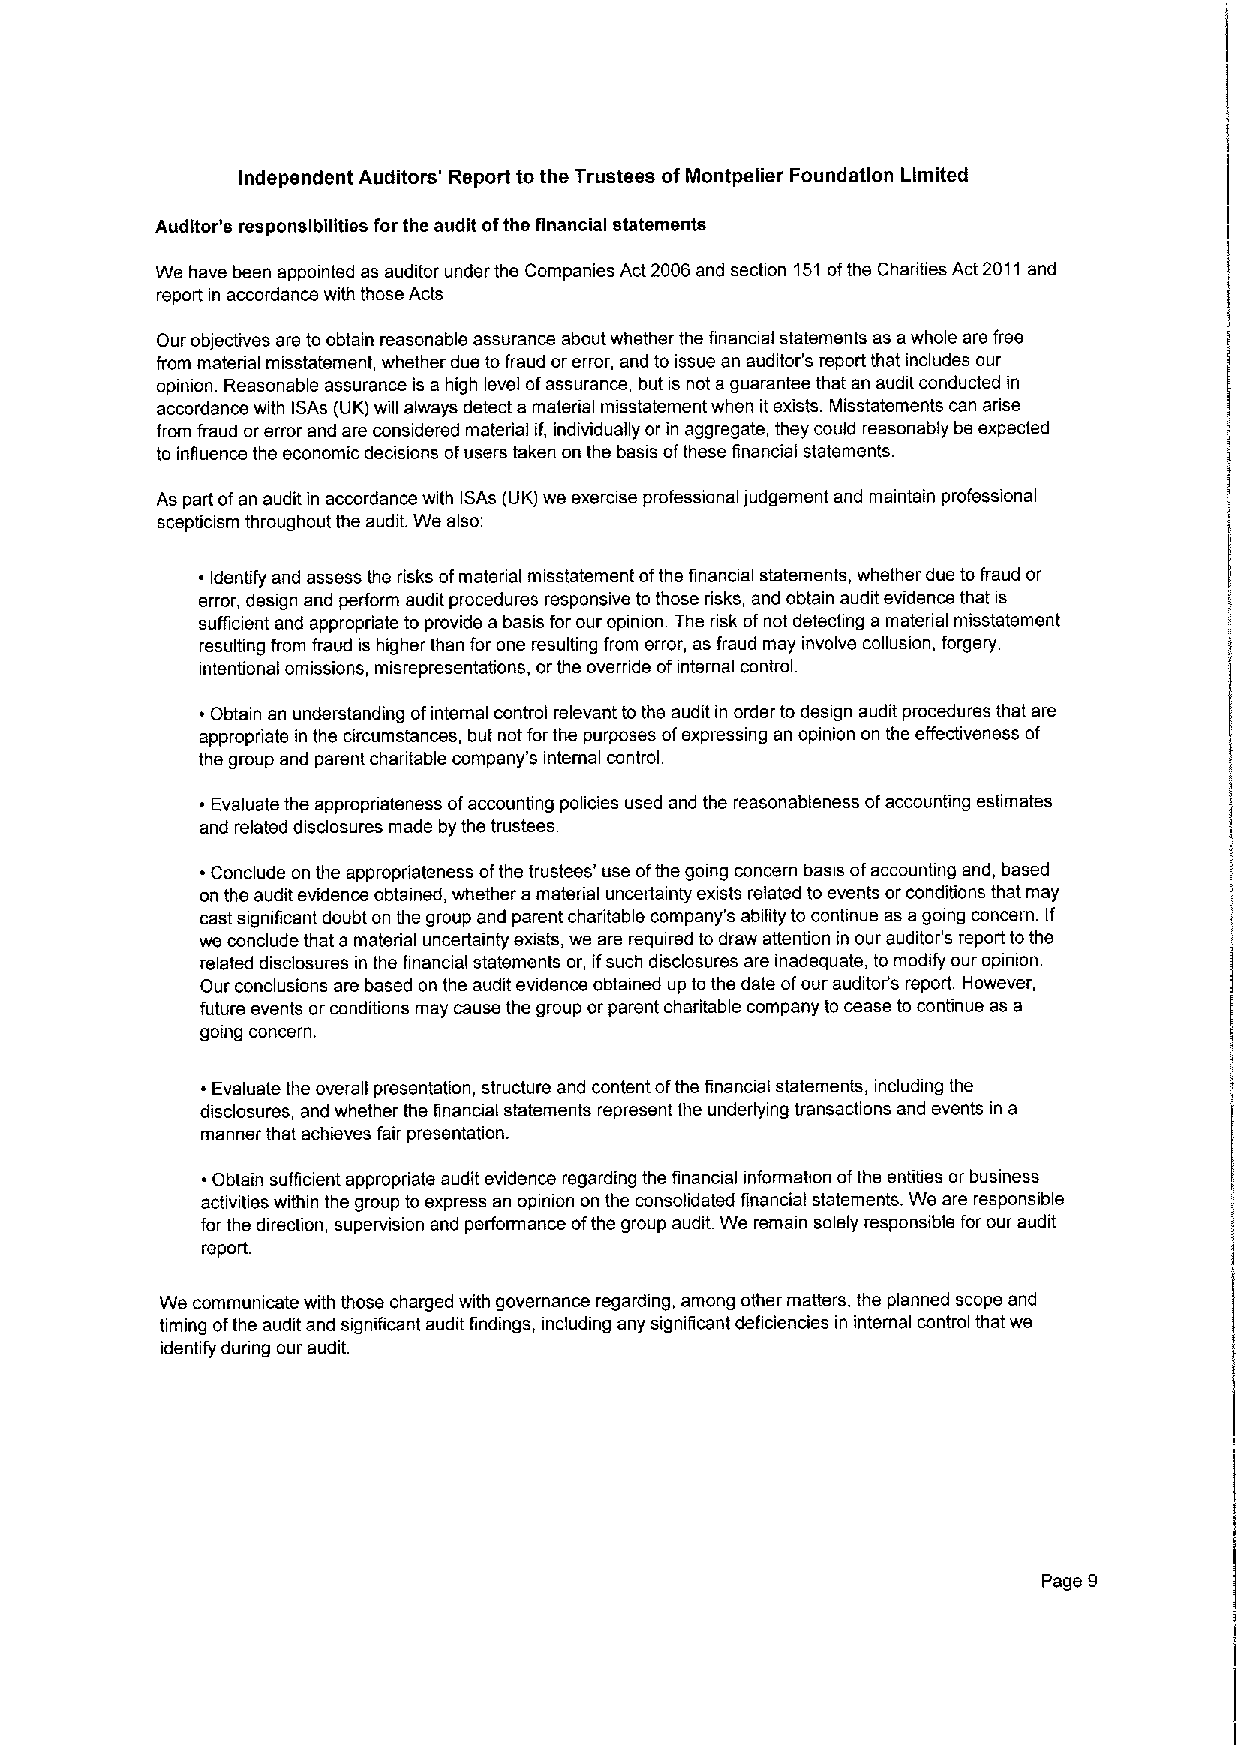
Independent Auditors' Report to the Trustees ofMontpelier Foundation Limited
 Auditor's responsibilities for the audit ofthe financial statements
 We have been appointed as auditor under the Companies Act 2006and section 151ofthe Charities Act 2011and
 report in accordance with those Acts.
 Our objectives are to obtain reasonable assurance about whether the financial statements as awhole are free
 from material misstatement, whether due tofraud orerror, and to issue an auditor's report that includes our
 opinion Reasonable assurance is a high level ofassurance, but is not aguarantee that an audit conducted in
 accordance with ISAs (UK) will always detect a material misstatement when itexists. Misstatements can arise
 from fraud orerror and are considered material if, individually or in aggregate, they could reasonably be expected
 to influence the economic decisions ofusers taken on the basis ofthese linancial statements
 As part ofan audit in accordance with ISAs (UK)we exercise professional judgement and maintain professional
 scepticism throughout the audit. We also
 ~ Identify and assess the risks ofmatenal misstatement ofthe finanoal statements, whether due to fraud or
 error, design and perform audit procedures responsive to those risks, and obtain audit evidence that is
 sufficient and appropriate to provide a basis for our opimon The risk ofnot detecting a material misstatement
 resulting from fraud is higher than for one resulting from error, as fraud may involve collusion, forgery,
 intentional omissions, misrepresentations, orthe override ofinternal control
 ~ Obtain an understanding ofinternal control relevant to the audit in order to design audit procedures that are
 appropriate in the circumstances, but not forthe purposes ofexpressing an opinion on the effectiveness of
 the group and parent charitable company's internal control.
 Evaluate the appropriateness ofaccounhng pokcies used and the reasonableness ofaccounting estimates
 and related disdosures made by the trustees.
 ~Conclude on the appropriateness ofthe trustees' use ofthe going concern basis ofaccounting and, based
 on the audit evidence obtained, whether amaterial uncertainty exists related to events orconditions that may
 cast significant doubt on the group and parent charitable company's ability to continue as agoing concern. If
 we conclude that a material uncertainty exists, we are required to draw attention in our auditor's report tothe
 related disclosures in the financial statements or, ifsuch disclosures are inadequate, to modify our opinion.
 Our conclusions are based on the audit evidence obtained up to the date ofour auditor's report However,
 future events orconditions may cause the group orparent charitable company to cease to continue as a
 going concern.
 ~ Evaluate the overall presentation, structure and content ofthe financial statements, including the
 disclosures, and whether the financial statements represent the underlying transactions and events in a
 manner that achieves fair presentation.
 Obtain sufficient appropnate audit evidence regarding the financial information ofthe entities or business
 actwitiss within the group to express an opinion on the consolidated financial statements. We are responsible
 for the direction, supervision and performance ofthe group audit. We remain solely responsible for our audit
 report
 We communicate with those charged with governance regarding, among other matters, the planned scope and
 timing ofthe audit and significant audit findings, including any significant deficiencies in internal control that we
 identify dunng our audit
 Page g